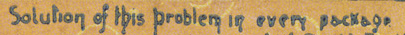
Solution of this problem is every package